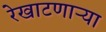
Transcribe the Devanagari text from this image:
रेखाटणाऱ्या